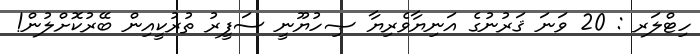
ހިޓްލަރ : 20 ވަނަ ޤަރުނުގެ އަނިޔާވެރިޔާ ޞިހުޔޫނީ ސަފީރު ތުރުކީއިން ބޭރުކޮށްލުން!